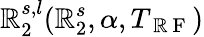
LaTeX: \mathbb{R}_{2}^{s,l}(\mathbb{R}_{2}^{s},\alpha,T_{\mathrm{{~\mathbb{R}~F~}}})